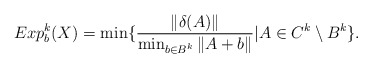
\begin{align*}Exp_b^k(X) = \min \{ \frac{\|\delta(A)\|}{\min_{b\in B^k}\|A+b\|} | A \in C^k \setminus B^k \}.\end{align*}